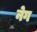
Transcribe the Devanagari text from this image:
नेग